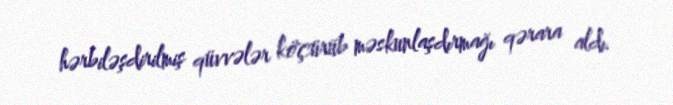
hərbiləşdirilmiş qüvvələr köçürüb məskunlaşdırmağı qərara aldı.